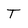
Character: T